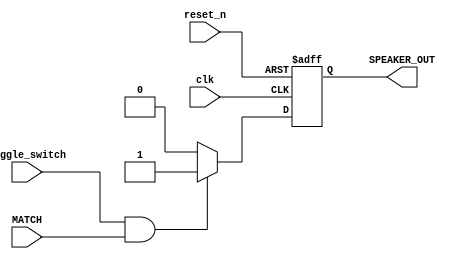
module ALARM_SM_2 (
    input   wire    reset_n,
                    clk,
                    Toggle_switch,
                    MATCH,          // flag of alarm time equal to current time
    output  reg     SPEAKER_OUT             
);
    always @(posedge clk, negedge reset_n) begin
        if(!reset_n)begin   
            SPEAKER_OUT = 0;
        end

        else begin
            if(Toggle_switch & MATCH)
                SPEAKER_OUT = 1;
            else
                SPEAKER_OUT = 0;
        end
    end
    
endmodule